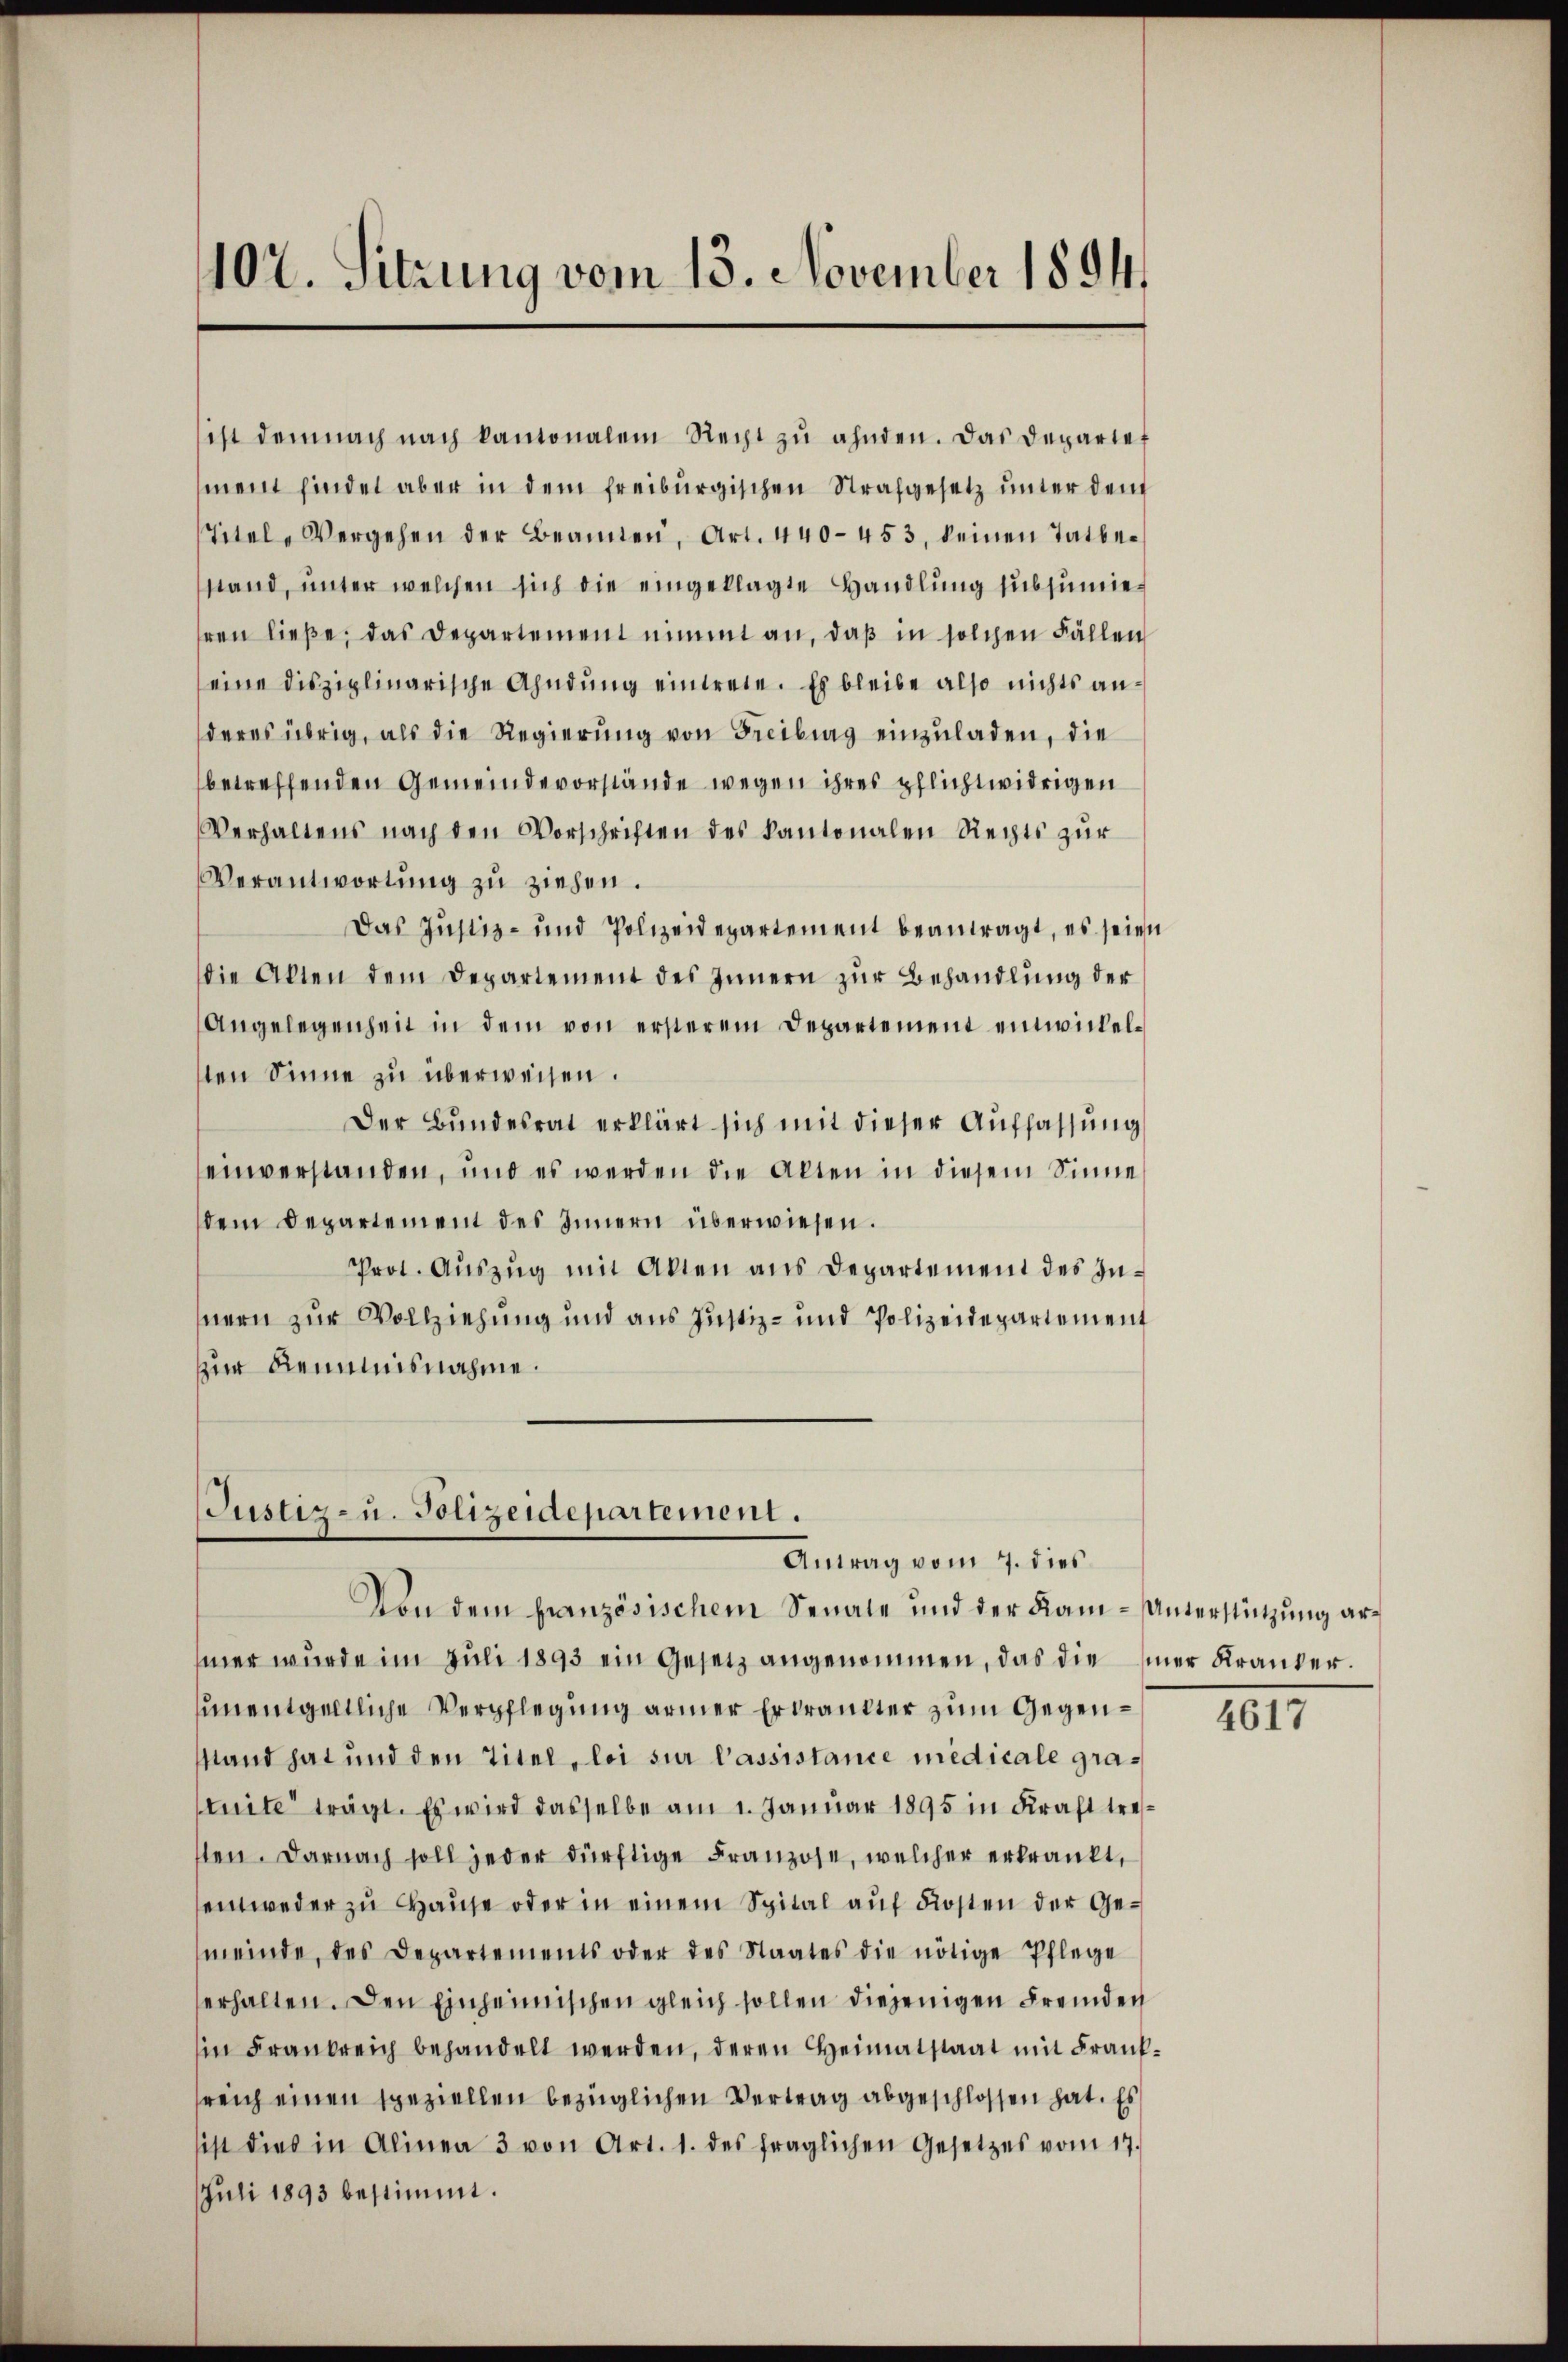
107. Sitzung vom 13. November 1894.

ist demnach nach kantonalem Recht zŭ ahnden. Das Departet
ment findet aber in dem freiburgischen Strafgesetz unter den
Titel, Vergehen der Beamten, Art. 440-453, keinen Tatbe-
stand, ŭnter welchen sich die eingeklagte Handlung subsumieren ließe, das Departement nimmt an, daß in solchen Fällen
seine disziplinarische Ahndung eintrete. Es bleibe also nichts anderes übrig, als die Regierung von Freibung einzuladen, die
betreffenden Gemeindevorstände wegen ihres pflichtwidrigen
Verhaltens nach den Vorschriften des Kantonalen Rechts zur
Verantwortung zu ziehen.
Das Justiz- und Polizeidepartement beantragt, es seien
die Akten dem Departement des Innern zur Behandlung der
Angelegenheit in dem von ersterem Departement einwickelten Sinne zu überweisen.
Der Bundesrat erklärt sich mit dieser Auffassung
einverstanden, und es werden die Alten in diesem Sinne
dem Departement des Innern überwiesen.
Prot. Auszug mit Akten aus Departement des Innern zur Vollziehung und aus Justiz- und Polizeidepartement
zur Remmnisnahme.

Justiz- u. Polizeidepartement.
Antrag vom 7. dies
Von dem französischem Senate und der Kam-Unterstützung ar¬

mer wurde im Juli 1893 ein Gesetz angenommen, das die einer Krankerunentgeltliche Verpflegung armer Erkränkter zum Gegensstand hat und den Titel, loi sur Passistance medicale gratuite trägt. Es wird dasselbe am 1. Januar 1895 in Kraft trefsten. Darnach soll jeder dürftige Franzose, welcher erkrankt,
sentweder zu Hause oder in einem Spital auf Kosten der Gemeinde, des Departements oder des Staates die nötige Pflege
erhalten. Den Einheimischen gleich sollen diejenigen Fremden
in Frankreich behandelt werden, deren Heimatstaat mit Franksreich einen speziellen bezüglichen Vertrag abgeschlossen hat. Es
ist dies in Alinea 3 von Art. 1. des fraglichen Gesetzes vom 17.
JJuli 1893 bestimmt.

4617